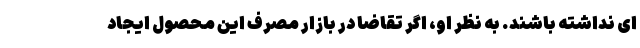
ای نداشته باشند. به نظر او، اگر تقاضا در بازار مصرف این محصول ایجاد